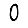
Digit: 0